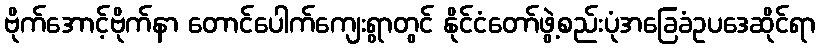
ဗိုက်အောင့်ဗိုက်နာ တောင်ပေါက်ကျေးရွာတွင် နိုင်ငံတော်ဖွဲ့စည်းပုံအခြေခံဥပဒေဆိုင်ရာ